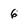
Character: 6